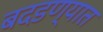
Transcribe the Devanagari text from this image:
बदडण्यात